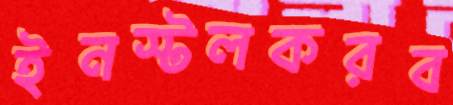
ইনস্টলকরব